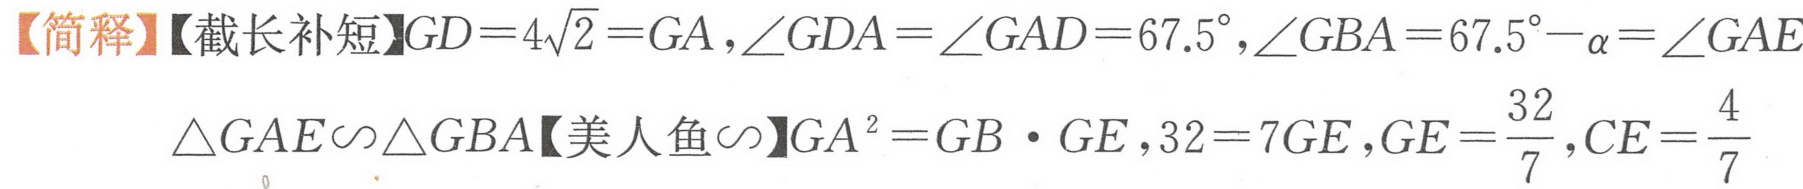
【简释】【截长补短】$GD = 4\sqrt{2}=GA,\angle GDA=\angle GAD = 67.5^{\circ},\angle GBA=67.5^{\circ}-\alpha=\angle GAE$
$\triangle GAE\backsim\triangle GBA$【美人鱼$\backsim$】$GA^{2}=GB\cdot GE,32 = 7GE,GE=\frac{32}{7},CE=\frac{4}{7}$